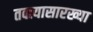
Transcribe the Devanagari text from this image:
तक्त्यासारख्या